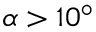
\alpha > 1 0 ^ { \circ }